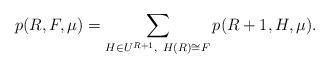
LaTeX: \begin{align*}p(R,F,\mu)=\sum_{H\in U^{R+1},\ H(R)\cong F}p(R+1,H,\mu).\end{align*}